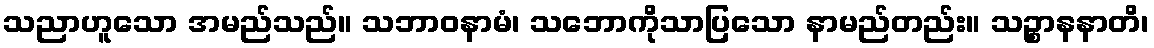
သညာဟူသော အမည်သည်။ သဘာဝနာမံ၊ သဘောကိုသာပြသော နာမည်တည်း။ သဉ္စာနနာတိ၊